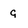
Character: 9